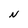
Character: N